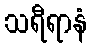
သရီရာနံ